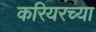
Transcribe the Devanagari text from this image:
करियरच्या